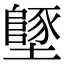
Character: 𡒿